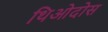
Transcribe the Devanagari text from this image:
थिओदोस